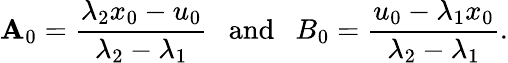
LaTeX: \mathbf{A}_{0}=\frac{{\lambda_{2}x_{0}-u_{0}}}{{\lambda_{2}-\lambda_{1}}}~~~\mathrm{{and}}~~~B_{0}=\frac{{u_{0}-\lambda_{1}x_{0}}}{{\lambda_{2}-\lambda_{1}}}.